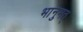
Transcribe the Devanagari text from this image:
भानुमत्